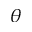
\theta